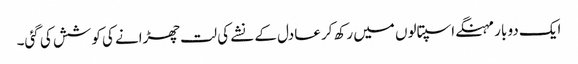
ایک دو بار مہنگے اسپتالوں میں رکھ کر عادل کے نشے کی لت چھڑانے کی کوشش کی گئی۔